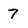
Character: 7